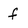
Character: f